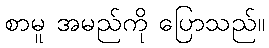
စာမူ အမည်ကို ပြောသည်။